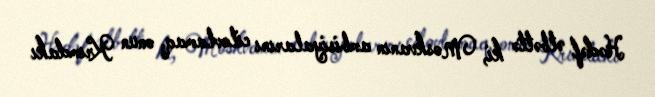
Hədəf əlbəttə ki, Moskvanın ambisiyalarını cilovlamaq, onun Krımdakı